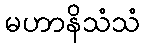
မဟာနိသံသံ